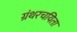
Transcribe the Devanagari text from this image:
ग्रंथरचयिता